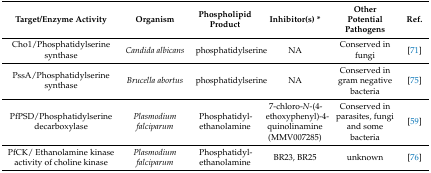
| Target/Enzyme Activity | Organism | Phospholipid Product | Inhibitor(s) * | Other Potential Pathogens | Ref. |
 | --- | --- | --- | --- | --- | --- |
 | Cho1/Phosphatidylserine synthase | Candida albicans | phosphatidylserine | NA | Conserved in fungi | [71] |
 | PssA/Phosphatidylserine synthase | Brucella abortus | phosphatidylserine | NA | Conserved in gram negative bacteria | [75] |
 | PfPSD/Phosphatidylserine decarboxylase | Plasmodium falciparum | Phosphatidyl-ethanolamine | 7-chloro-N-(4-ethoxyphenyl)-4-quinolinamine (MMV007285) | Conserved in parasites, fungi and some bacteria | [59] |
 | PfCK/ Ethanolamine kinase activity of choline kinase | Plasmodium falciparum | Phosphatidyl-ethanolamine | BR23, BR25 | unknown | [76] |